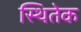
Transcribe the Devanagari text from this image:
स्थितेक